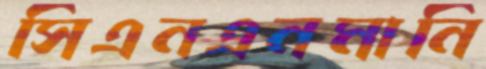
সিএনএনমানি